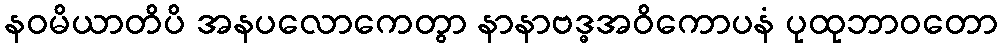
နဝမိယာတိပိ အနပလောကေတွာ နာနာဗဒ္ဓအဝိကောပနံ ပုထုဘာဝတော